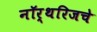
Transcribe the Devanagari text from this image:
नॉर्थरिजचे